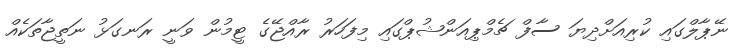
ނޭޕާލްގައި ކުރިއަށްދިޔަ ސާފް ޗެމްޕިއަންޝުޕްގައި މިފަހަރު ރާއްޖޭގެ ޓީމުން ވަނީ ރަނގަޅު ނަތީޖާތަކެއް